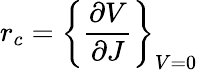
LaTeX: r_{c}=\left\{ {\frac{\partial V}{\partial J}}\right\} _{V=0}